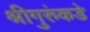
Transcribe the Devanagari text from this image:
श्रीगुरुंकडे